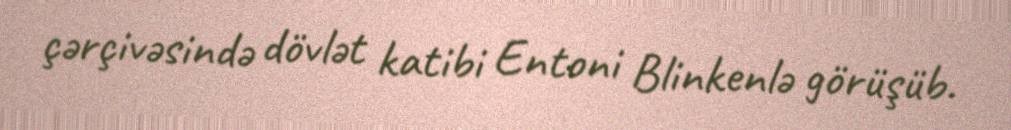
çərçivəsində dövlət katibi Entoni Blinkenlə görüşüb.